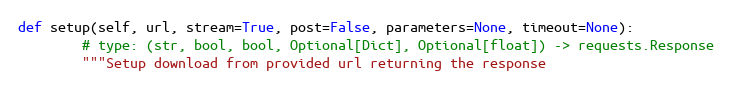
Language: Python
def setup(self, url, stream=True, post=False, parameters=None, timeout=None):
        # type: (str, bool, bool, Optional[Dict], Optional[float]) -> requests.Response
        """Setup download from provided url returning the response